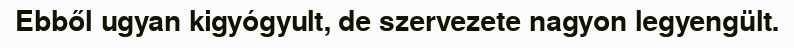
Ebből ugyan kigyógyult, de szervezete nagyon legyengült.